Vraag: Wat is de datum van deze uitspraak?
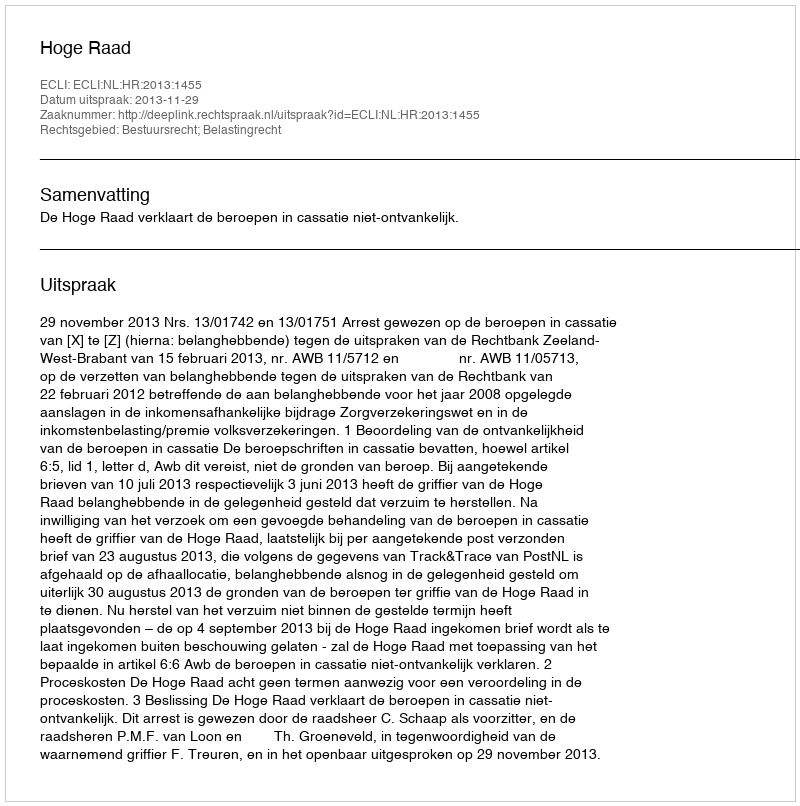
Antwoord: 2013-11-29